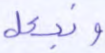
ونجعل